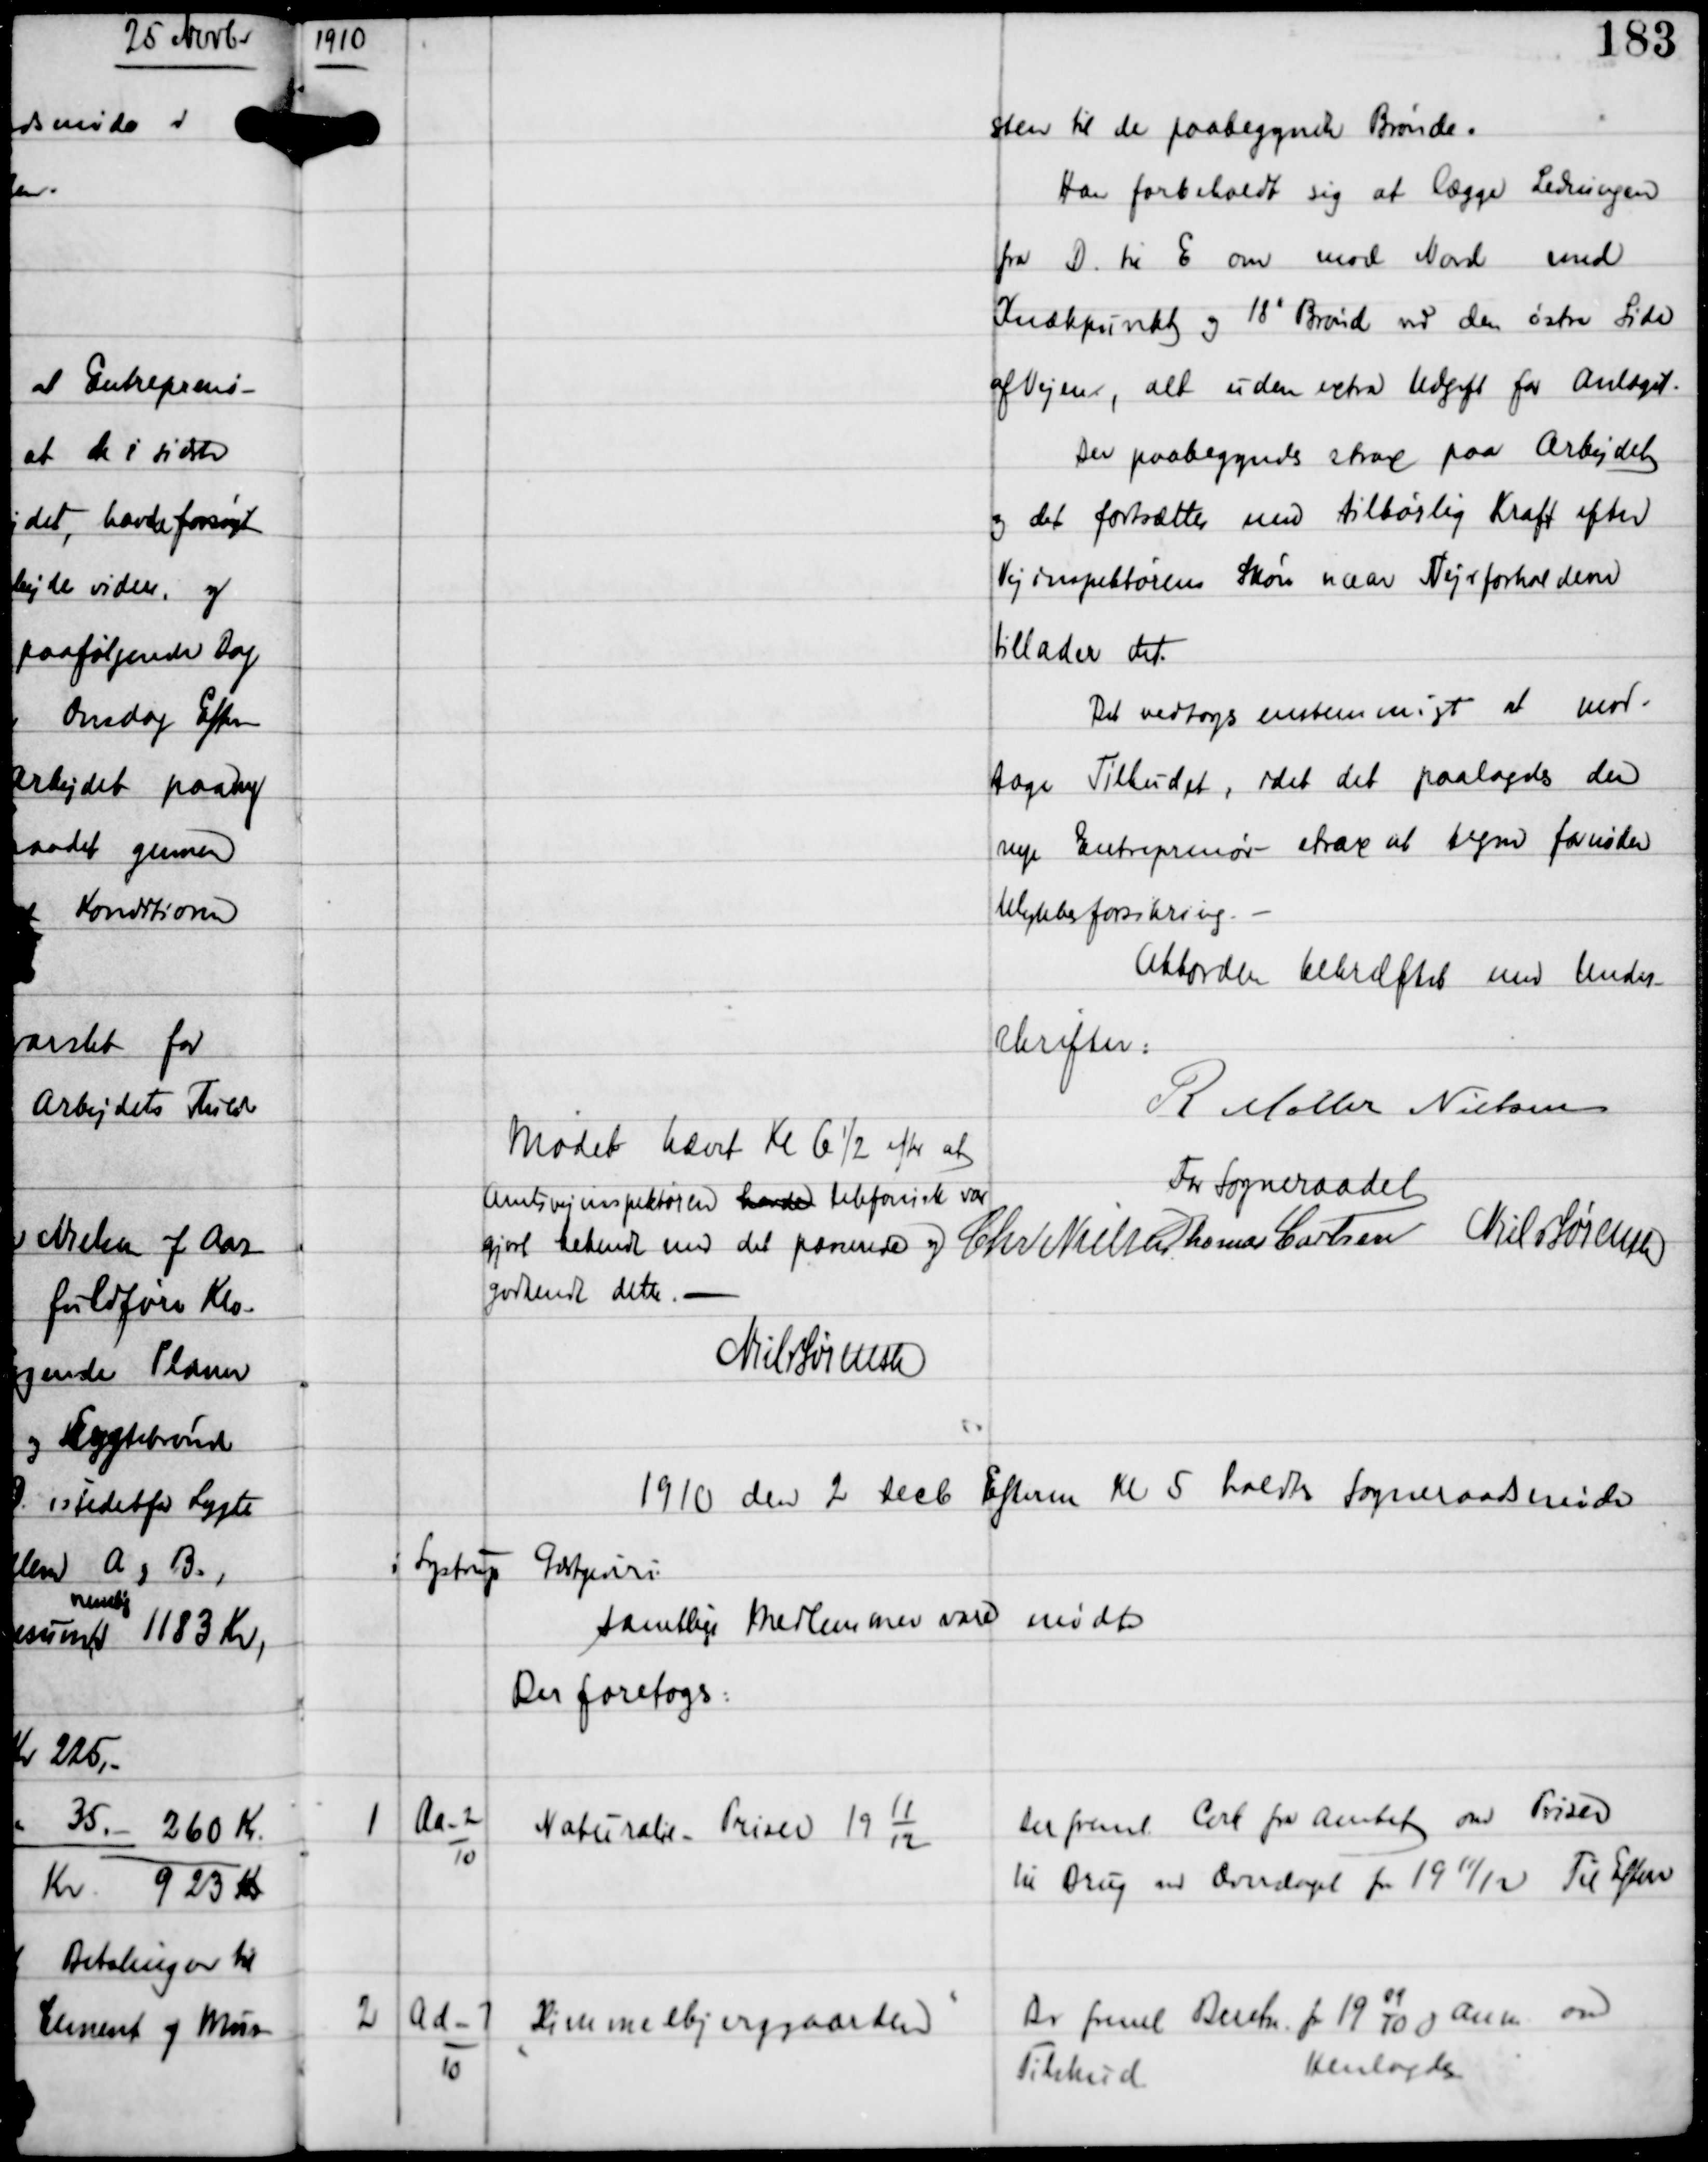
Transskription:
1910

sten til de paabegyndte Brønde.
Han forbeholdt sig at lægge Ledningen
fra D til E om mod Nord med
Knækpunkt og 18" Brønd ved den østre Side
af Vejen, alt uden extra Udgift for Anlæget.
Der paabegyndtes strax paa Arbejdet
og det forsættes med tilbørlig Kraft efter
Vejinspektørens Skøn naar Vejrforholdene
tillader det.

Det vedtoges enstemmigt at mod-
tage Tilbudet, idet det paalagdes den
nye Entreprenør strax at tegne fornøden
Ulykkesforsikring. -
Akkorden bekræftet med Under-
skrifter:
R Møller Nielsen

Mødet hævet Kl 6½ efter at
Amtsvejinspektøren havde telefonisk var
gjort bekendt med det passerede og
godkendt dette. -
For Sogneraadet
Chr Nielsen Thomas Carlsen Niels Sørensen
Niels Sørensen

1910 den 2 Decb Efterm Kl 5 holdtes Sogneraadsmøde
i Lystrup
Gæstgiveri
samtlige Medlemmer vare mødte
Der foretoges:

1

Aa-2
10

Naturalie Priser 19
11
12

Der freml Cirk fra Amtet om Priser
til Brug ved Overslaget for 1911/12. Til Efterr.

2

Ad-7
10

"Himmelbjerggaarden"

Der freml Beretn for 19
09
10
og anm om
Tilskud
Henlagdes.